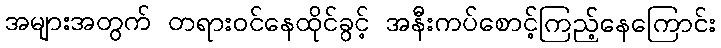
အများအတွက် တရားဝင်နေထိုင်ခွင့် အနီးကပ်စောင့်ကြည့်နေကြောင်း